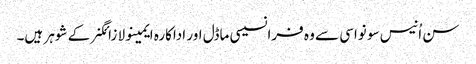
سن اُنیس سو نواسی سے وہ فرانسیسی ماڈل اور اداکارہ ایمینولا زائگنر کے شوہر ہیں۔